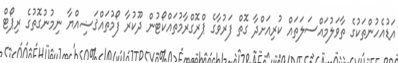
އަޑުއެހުންތަކުގެ ތާވަލުމައްސަލަތައް ކުރިއަށްދާ ގޮތް ފަރުވާގެ ޕްރޮގްރާމުތައްކޯޓުން ދޫކުރާ ފޯމުތައްޤަޟިއްޔާ ނިމުނުގޮތުގެ ރިޕޯޓް